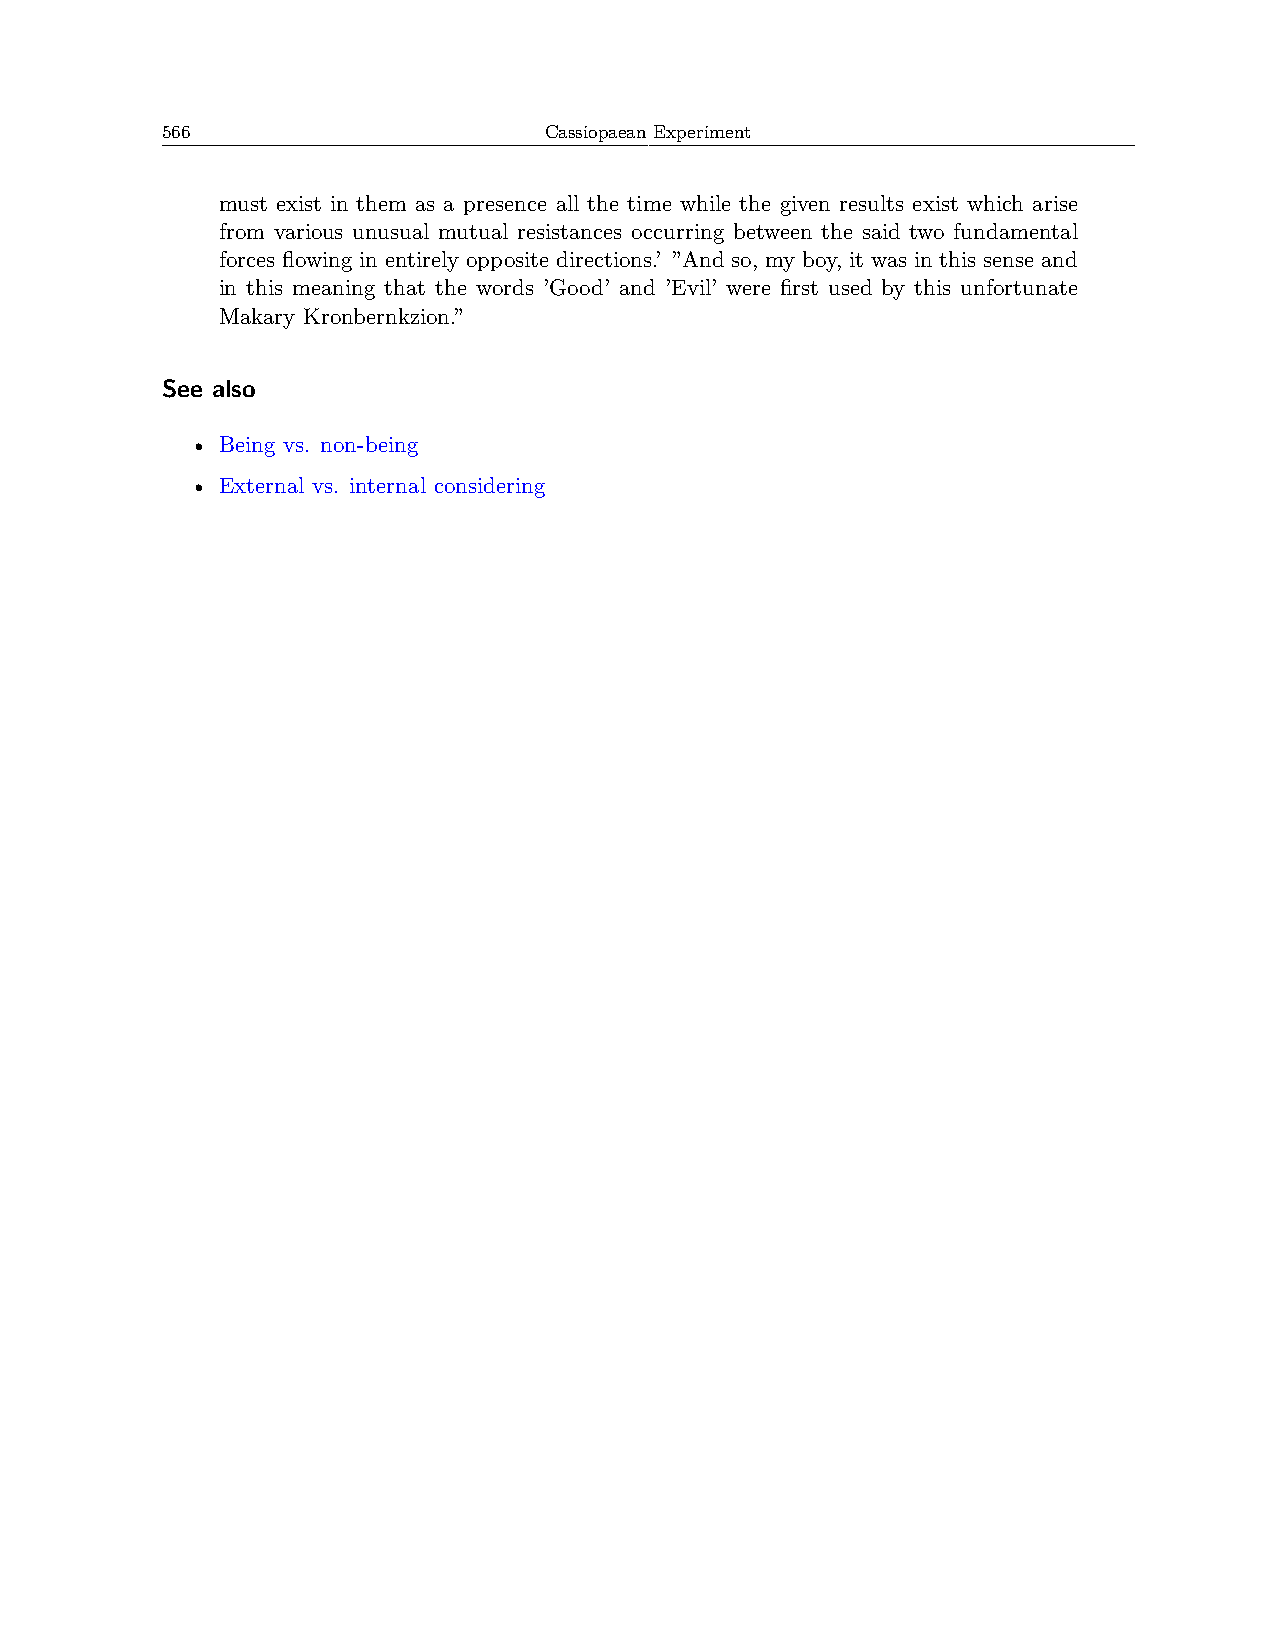
566                      Cassiopaean Experiment
 must exist in them as a presence all the time while the given results exist which arise
 from various unusual mutual resistances occurring between the said two fundamental
 forces flowing in entirely opposite directions.’ ”And so, my boy, it was in this sense and
 in this meaning that the words ’Good’ and ’Evil’ were first used by this unfortunate
 Makary Kronbernkzion.”
 See also
 • Being vs. non-being
 • External vs. internal considering